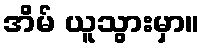
အိမ် ယူသွားမှာ။